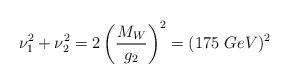
LaTeX: \begin{align*}\nu_1^2+\nu_2^2 = 2\left(\frac{M_W}{g_2}\right)^2=(175\ GeV)^2\end{align*}